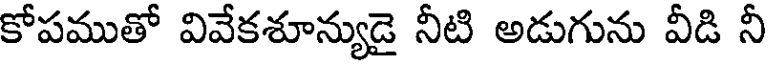
కోపముతో వివేకశూన్యుడై నీటి అడుగును వీడి నీ